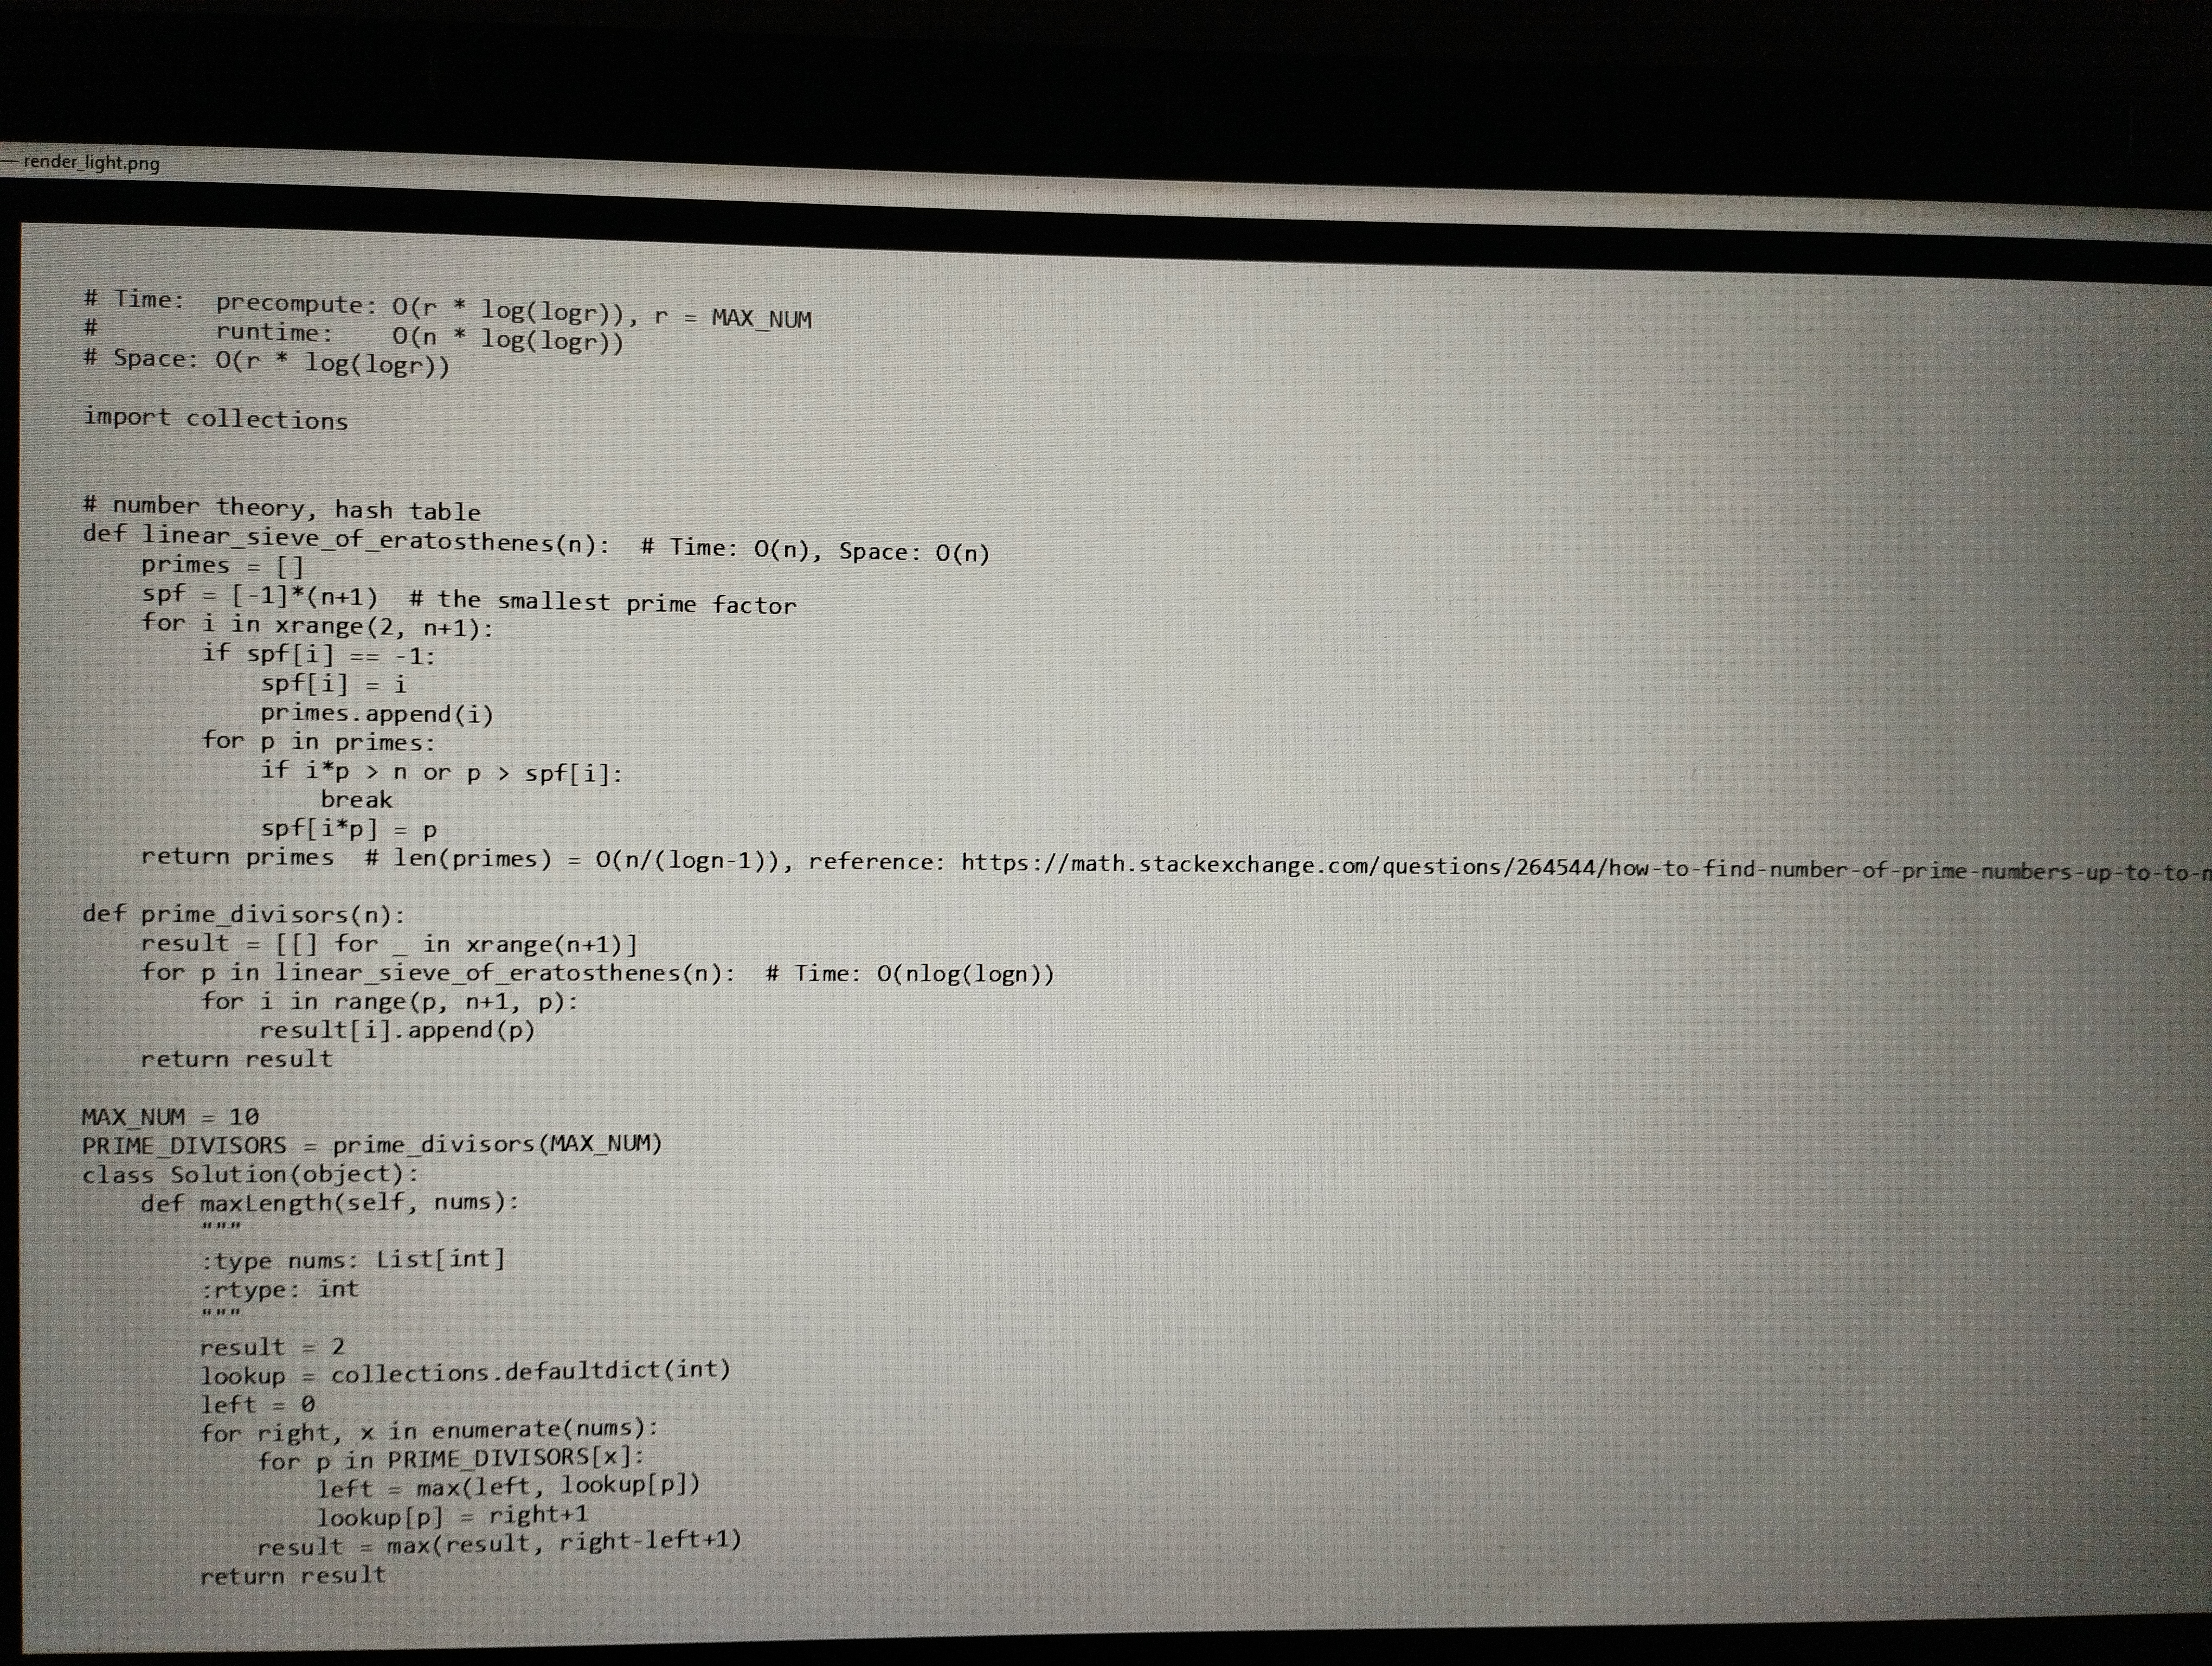
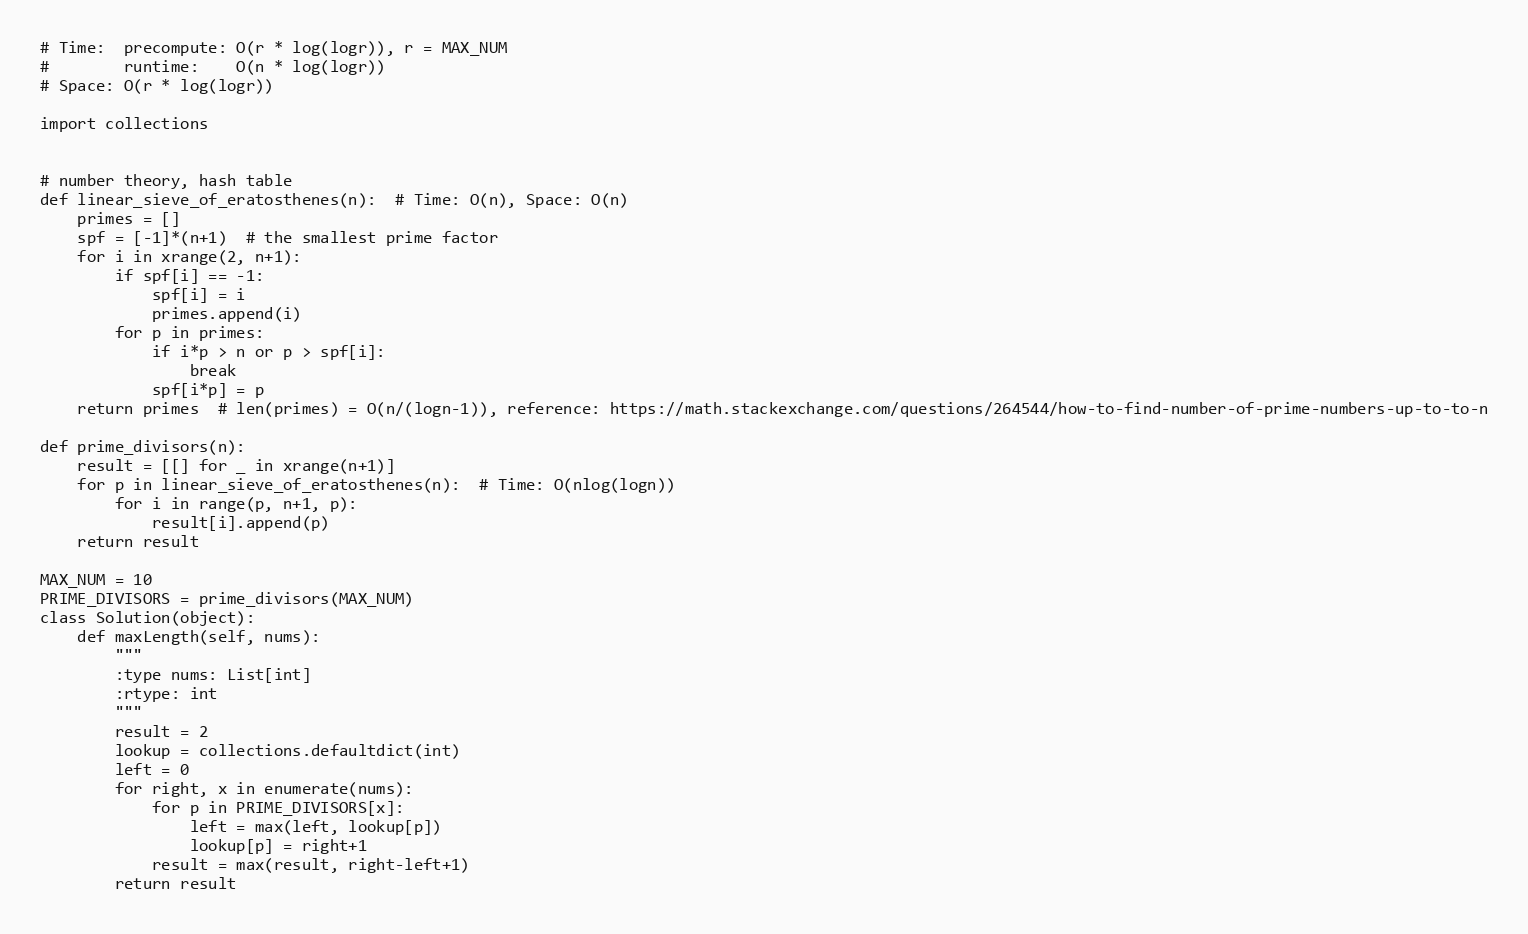
# Time:  precompute: O(r * log(logr)), r = MAX_NUM
#        runtime:    O(n * log(logr))
# Space: O(r * log(logr))

import collections

# number theory, hash table
def linear_sieve_of_eratosthenes(n):  # Time: O(n), Space: O(n)
    primes = []
    spf = [-1]*(n+1)  # the smallest prime factor
    for i in xrange(2, n+1):
        if spf[i] == -1:
            spf[i] = i
            primes.append(i)
        for p in primes:
            if i*p > n or p > spf[i]:
                break
            spf[i*p] = p
    return primes  # len(primes) = O(n/(logn-1)), reference: https://math.stackexchange.com/questions/264544/how-to-find-number-of-prime-numbers-up-to-to-n

def prime_divisors(n):
    result = [[] for _ in xrange(n+1)]
    for p in linear_sieve_of_eratosthenes(n):  # Time: O(nlog(logn))
        for i in range(p, n+1, p):
            result[i].append(p)
    return result

MAX_NUM = 10
PRIME_DIVISORS = prime_divisors(MAX_NUM)
class Solution(object):
    def maxLength(self, nums):
        """
        :type nums: List[int]
        :rtype: int
        """
        result = 2
        lookup = collections.defaultdict(int)
        left = 0
        for right, x in enumerate(nums):
            for p in PRIME_DIVISORS[x]:
                left = max(left, lookup[p])
                lookup[p] = right+1
            result = max(result, right-left+1)
        return result